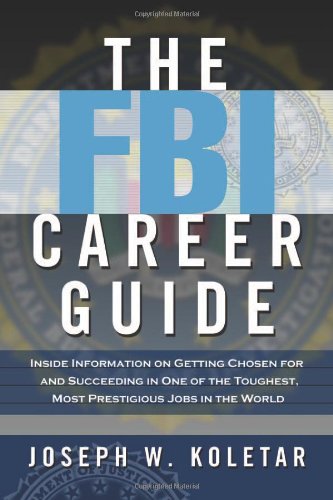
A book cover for The FBI Career Guide: Inside Information on Getting Chosen for and Succeeding in One of the Toughest, Most Prestigious Jobs in the World; Joseph W. Koletar; Law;